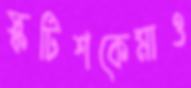
স্কটিশকেমাও